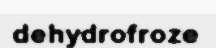
dehydrofroze